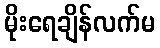
မိုးရေချိန်လက်မ